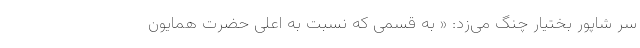
سر شاپور بختیار چنگ می‌زد: « به قسمی که نسبت به اعلی حضرت همایون